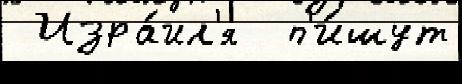
 Изра́ил'я  п'и́шут